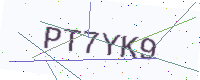
Text: PT7YK9